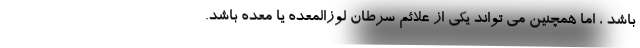
باشد ، اما همچنین می تواند یکی از علائم سرطان لوزالمعده یا معده باشد.